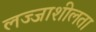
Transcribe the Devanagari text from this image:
लज्जाशीलता